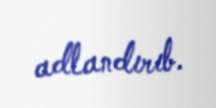
adlandırıb.